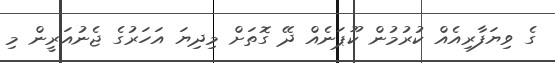
ގެ ވިޔަފާރިއެއް ކުރުމުން ކޫޕަނެއް ދޭ ގޮތަށް މިދިޔަ އަހަރުގެ ޖެނުއަރީން މި